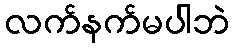
လက်နက်မပါဘဲ